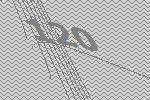
120